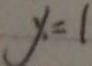
y = 1